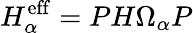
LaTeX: H_{\alpha}^{\mathrm{eff}}=PH\Omega_{\alpha}P